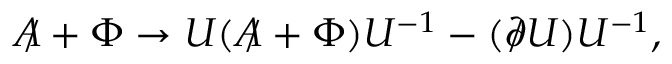
A \! \! \! / + \Phi \rightarrow U ( A \! \! \! / + \Phi ) U ^ { - 1 } - ( \partial \! \! \! / U ) U ^ { - 1 } ,